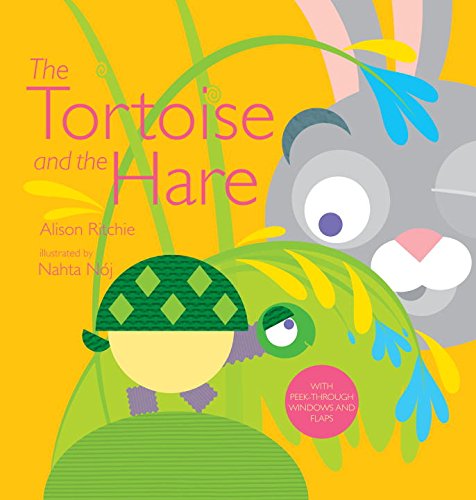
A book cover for The Tortoise and the Hare; Alison Ritchie; Children's Books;